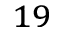
^ { 1 9 }